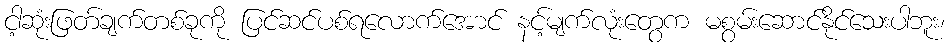
ငါ့ဆုံးဖြတ်ချက်တစ်ခုကို ပြင်ဆင်ပစ်ရလောက်အောင် နင့်မျက်လုံးတွေက မစွမ်းဆောင်နိုင်သေးပါဘူး၊